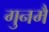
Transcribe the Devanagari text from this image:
गुनमैं